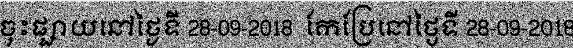
ចុះផ្សាយនៅថ្ងៃទី 28-09-2018  កែប្រែនៅថ្ងៃទី 28-09-2018